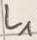
Text: L1